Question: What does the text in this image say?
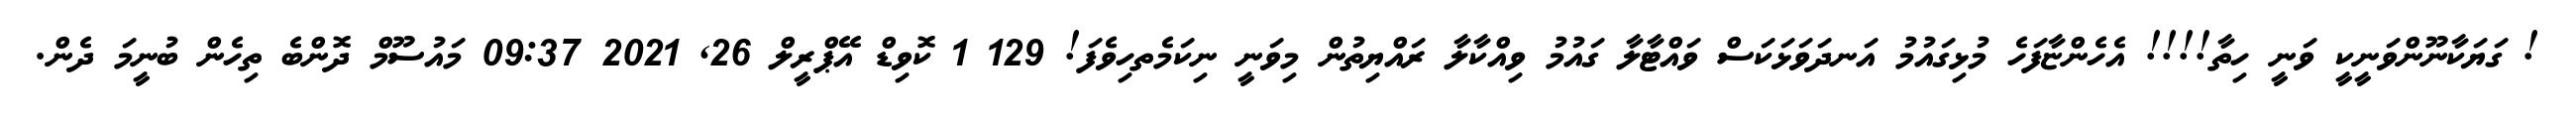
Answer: ! ގަޔަކާނޫންވަނީކީ ވަނީ ހިތާ!!!! އެހެންޏާފަހެ މުޅިގައުމު އަނދަވަޅަކަސް ވައްޓާލާ ގައުމު ވިއްކާލާ ރައްޔިތުން މިވަނީ ނިކަމެތހިވެފަ! 129 1 ކޮވިޑް އޭޕްރީލް 26, 2021 09:37 މައުސޫމް ދޮންބެ ތިހެން ބުނީމަ ދެން.